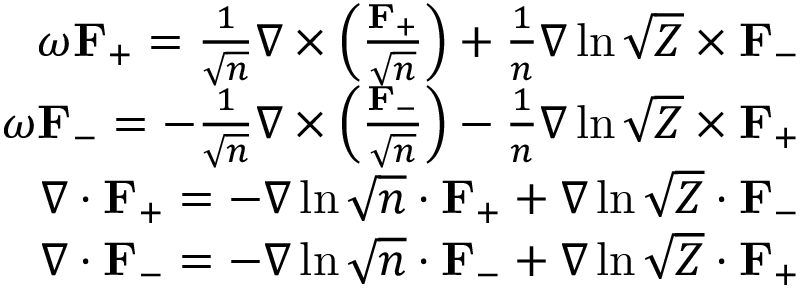
\begin{array} { r } { \omega \mathbf { F } _ { + } = \frac { 1 } { \sqrt { n } } \nabla \times \left( \frac { \mathbf { F } _ { + } } { \sqrt { n } } \right) + \frac { 1 } { n } \nabla \ln \sqrt { Z } \times \mathbf { F } _ { - } } \\ { \omega \mathbf { F } _ { - } = - \frac { 1 } { \sqrt { n } } \nabla \times \left( \frac { \mathbf { F } _ { - } } { \sqrt { n } } \right) - \frac { 1 } { n } \nabla \ln \sqrt { Z } \times \mathbf { F } _ { + } } \\ { \nabla \cdot \mathbf { F } _ { + } = - \nabla \ln \sqrt { n } \cdot \mathbf { F _ { + } } + \nabla \ln \sqrt { Z } \cdot \mathbf { F } _ { - } } \\ { \nabla \cdot \mathbf { F } _ { - } = - \nabla \ln \sqrt { n } \cdot \mathbf { F } _ { - } + \nabla \ln \sqrt { Z } \cdot \mathbf { F } _ { + } } \end{array}